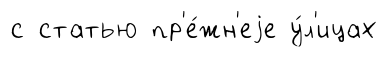
с статью пр'е́жн'еjе у́л'ицах